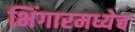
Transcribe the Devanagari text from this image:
भिंगारमध्येच